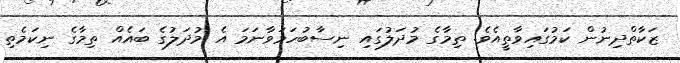
ޒަކާތްދިނުން ކަމުގައިވާތީއެވެ. ތިމާގެ މުދަލުގައި ނިސާބުހަމަވާނަމަ އެ މުދަލުގެ ބައެއް ތިމާގެ ނިކަމެތި